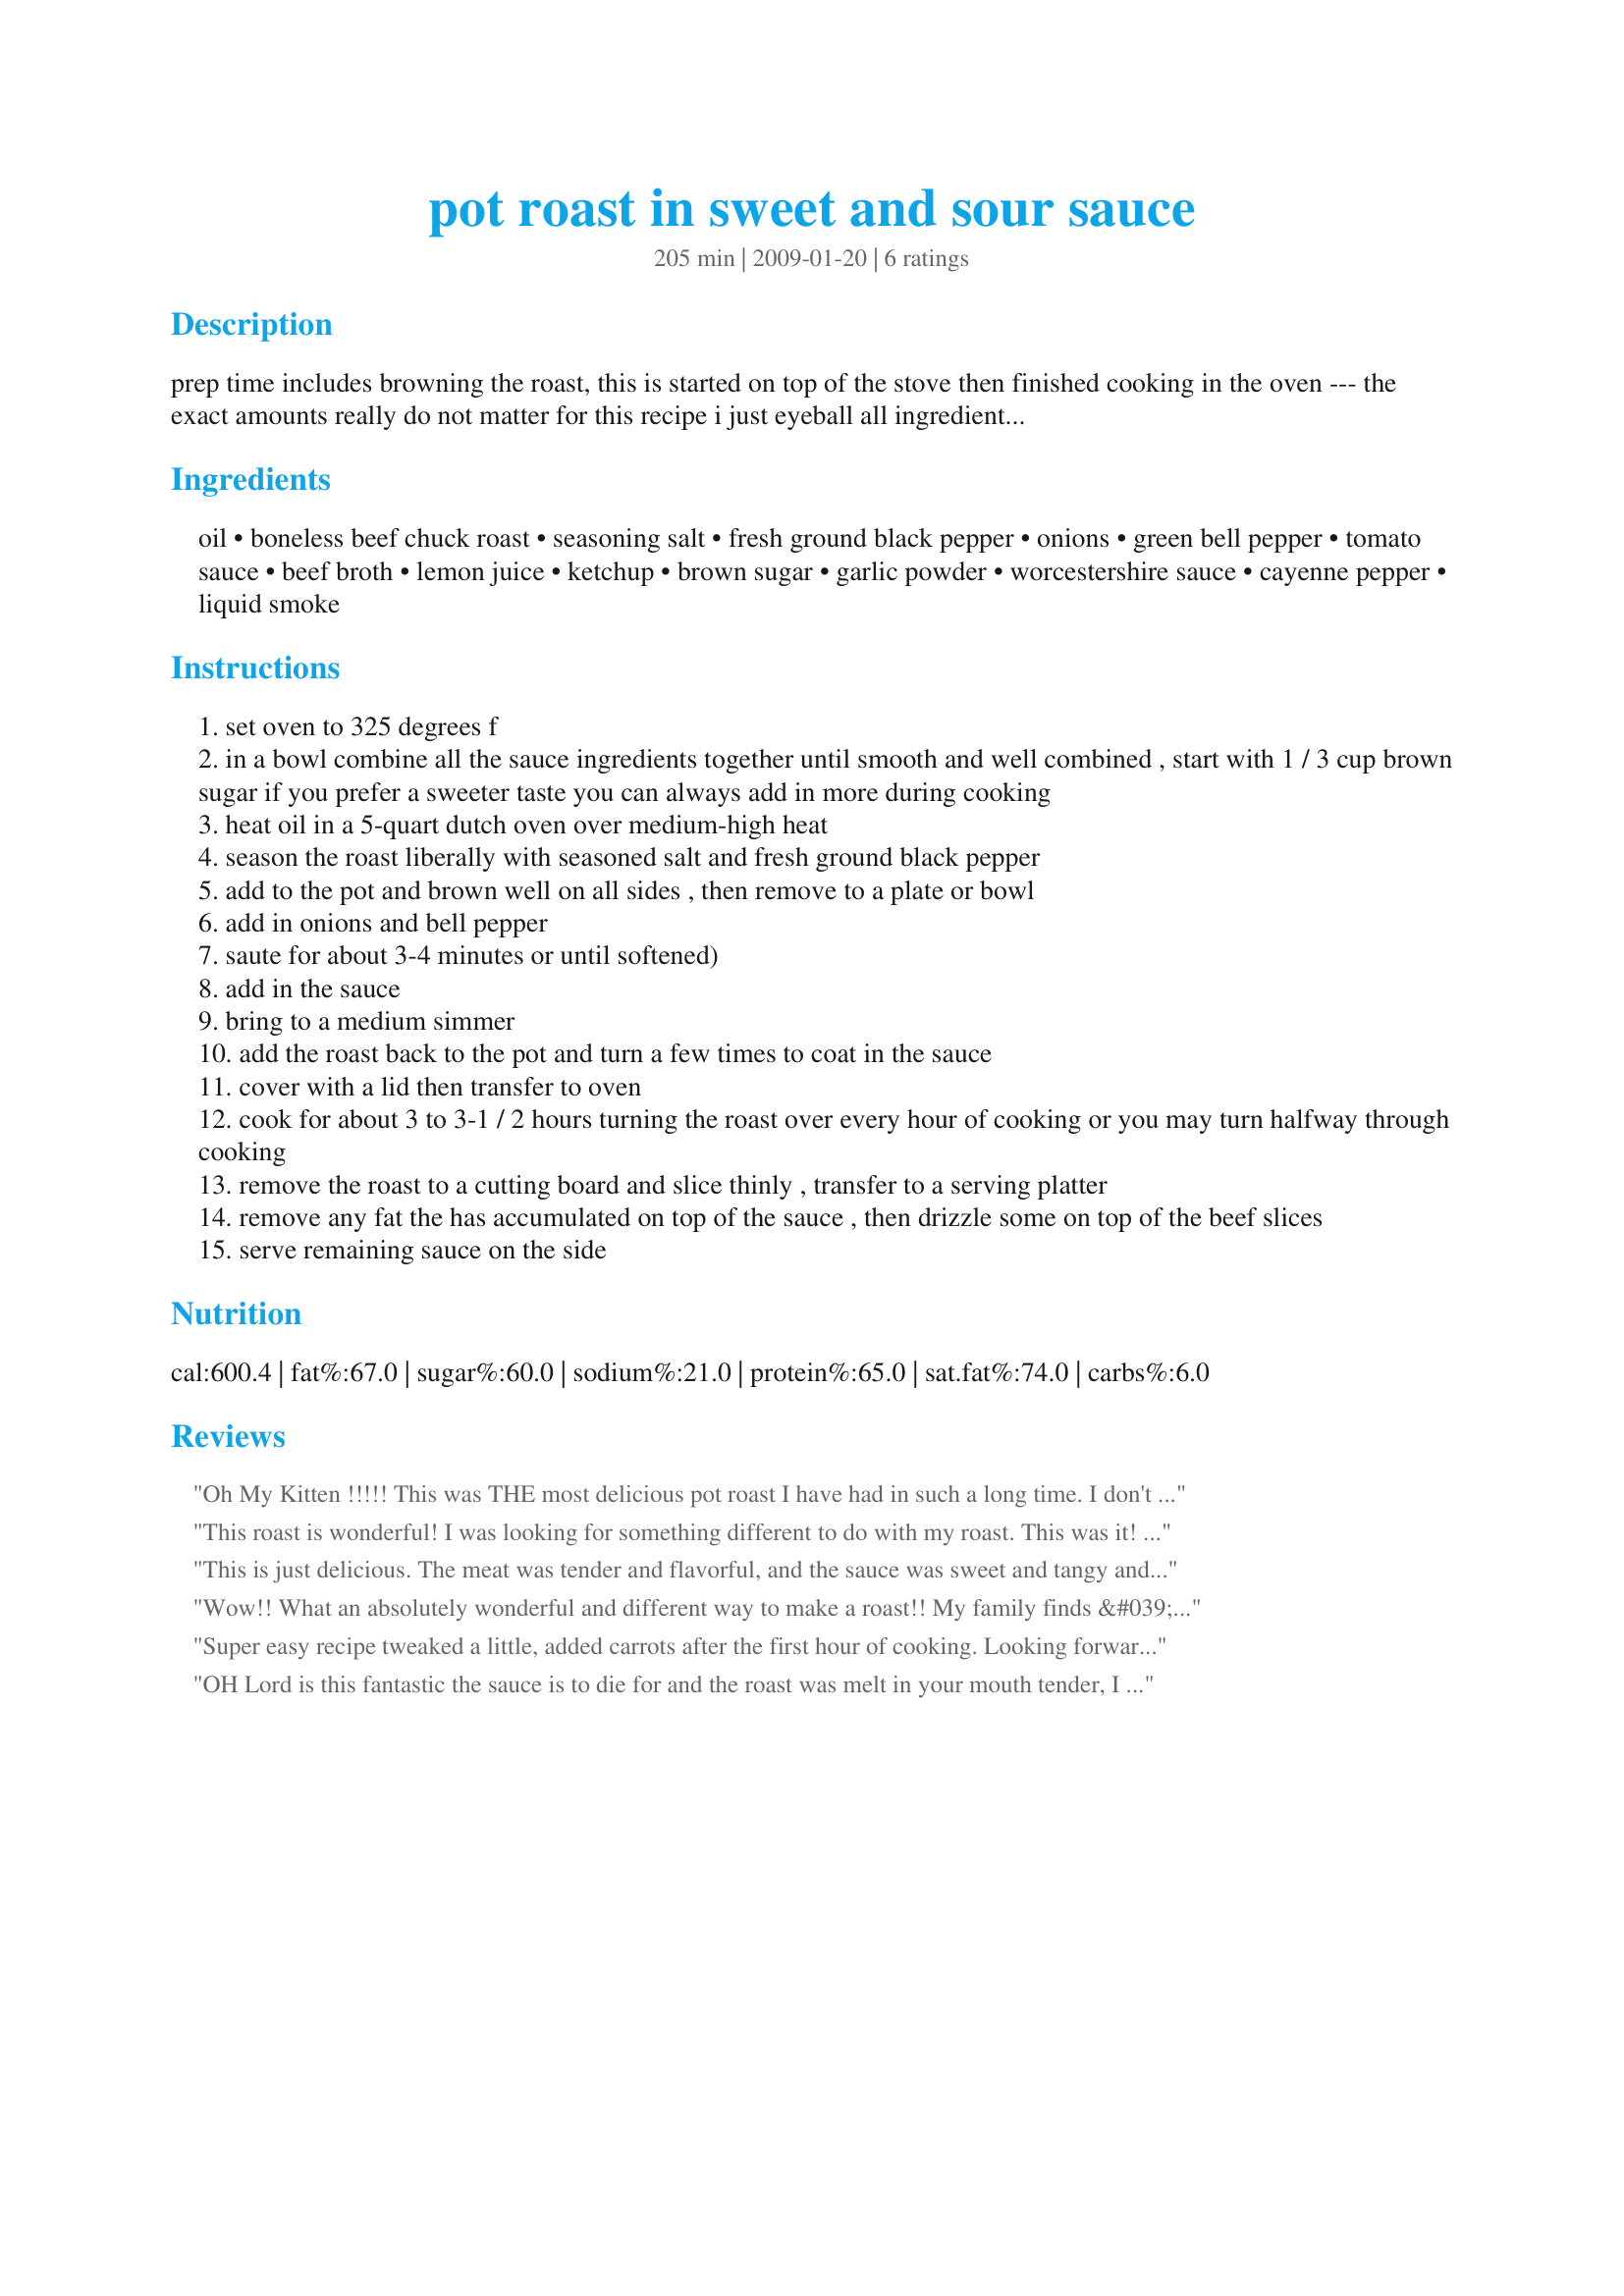
pot roast in sweet and sour sauce
Preparation time: 205 minutes

prep time includes browning the roast, this is started on top of the stove then finished cooking in the oven --- the exact amounts really do not matter for this recipe i just eyeball all ingredients, start with 1/3 cup brown sugar and add in more if needed while cooking, when i make this i find that for my taste i need more than 1/3 cup --- the cayenne was left as optional if you like some heat then add it in and adjust to taste or you may used crushed chili flakes, there is tons of sauce to this so there is no need to double the amounts --- cooking time is only estimated it will depend on the size of your roast, this will also work well using a pork roast.

Ingredients:
oil, boneless beef chuck roast, seasoning salt, fresh ground black pepper, onions, green bell pepper, tomato sauce, beef broth, lemon juice, ketchup, brown sugar, garlic powder, worcestershire sauce, cayenne pepper, liquid smoke

Steps:
set oven to 325 degrees f
in a bowl combine all the sauce ingredients together until smooth and well combined , start with 1 / 3 cup brown sugar if you prefer a sweeter taste you can always add in more during cooking
heat oil in a 5-quart dutch oven over medium-high heat
season the roast liberally with seasoned salt and fresh ground black pepper
add to the pot and brown well on all sides , then remove to a plate or bowl
add in onions and bell pepper
saute for about 3-4 minutes or until softened)
add in the sauce
bring to a medium simmer
add the roast back to the pot and turn a few times to coat in the sauce
cover with a lid then transfer to oven
cook for about 3 to 3-1 / 2 hours turning the roast over every hour of cooking or you may turn halfway through cooking
remove the roast to a cutting board and slice thinly , transfer to a serving platter
remove any fat the has accumulated on top of the sauce , then drizzle some on top of the beef slices
serve remaining sauce on the side

Reviews:
Oh My Kitten !!!!! This was THE most delicious pot roast I have had in such a long time. I don't usually do roasts (because of a fear of dry roasts) but when I saw this one I just had to make it. I am so glad I tried it. I got about a 3 and a bit lb. chuck roast. I followed your recipe as is. I used about 1/2 cup brown sugar and the lemons were so fresh they were plucked off the tree in my front yard. I did use a red pepper and not green because of my taste choice only. I did use the liquid smoke and cayenne pepper. I cooked it for about a little over 3 hours and it turned out fantastic. My Daughter had her boyfriend over and I must say they both loved it and actually asked for seconds...Wow....that is how good it was. I forgot to say how delicious this sauce was for the roast. Just the right amount of sweet to sour. Thank you so much for this delicious recipe Kitten.. you are the best.
This roast is wonderful! I was looking for something different to do with my roast. This was it! My family loved it! I was'nt going to be home all day so I seasoned and browned the roast. Put it in my slow cooker added the sauce and cooked it on low for 7 hours.I'll be making this again soon. Thanks Kittencal!
This is just delicious. The meat was tender and flavorful, and the sauce was sweet and tangy and wonderful. But as good as this is with beef, I think it would be even better with pork! We served it with egg noodles, but it would be good with mashed potatoes, too. Thanks, Kittencal! Made for KK's Chef's Pick tag.
Wow!! What an absolutely wonderful and different way to make a roast!! My family finds &#039;regular&#039; pot roast a little bland and not flavorful enough not matter how I prepare it. I had gotten a chuck roast on sale and began searching for a unique way to make it - THIS WAS IT!! Everyone loved it and asked when we could have it again. I did use the liquid smoke and also used green as well as red pepper - I doubled the recipe since I had almost 8 lbs of meat ( I have twin 16 y.o boys that are chow-hounds!!). Even my daughter very much enjoyed it, even though it had ketchup in it, which she seems to be able to ferret out no matter how I try to hide it. I can&#039;t recommend this awesome recipe enough. Thanks, Kittencal!!
Super easy recipe tweaked a little, added carrots after the first hour of cooking. Looking forward to it tasting even better the next day.
OH Lord is this fantastic the sauce is to die for and the roast was melt in your mouth tender, I don't think pot roast can ever get anybetter than this, I'm making again next week, try this you won't be sorry! another winner Kit thank you!
